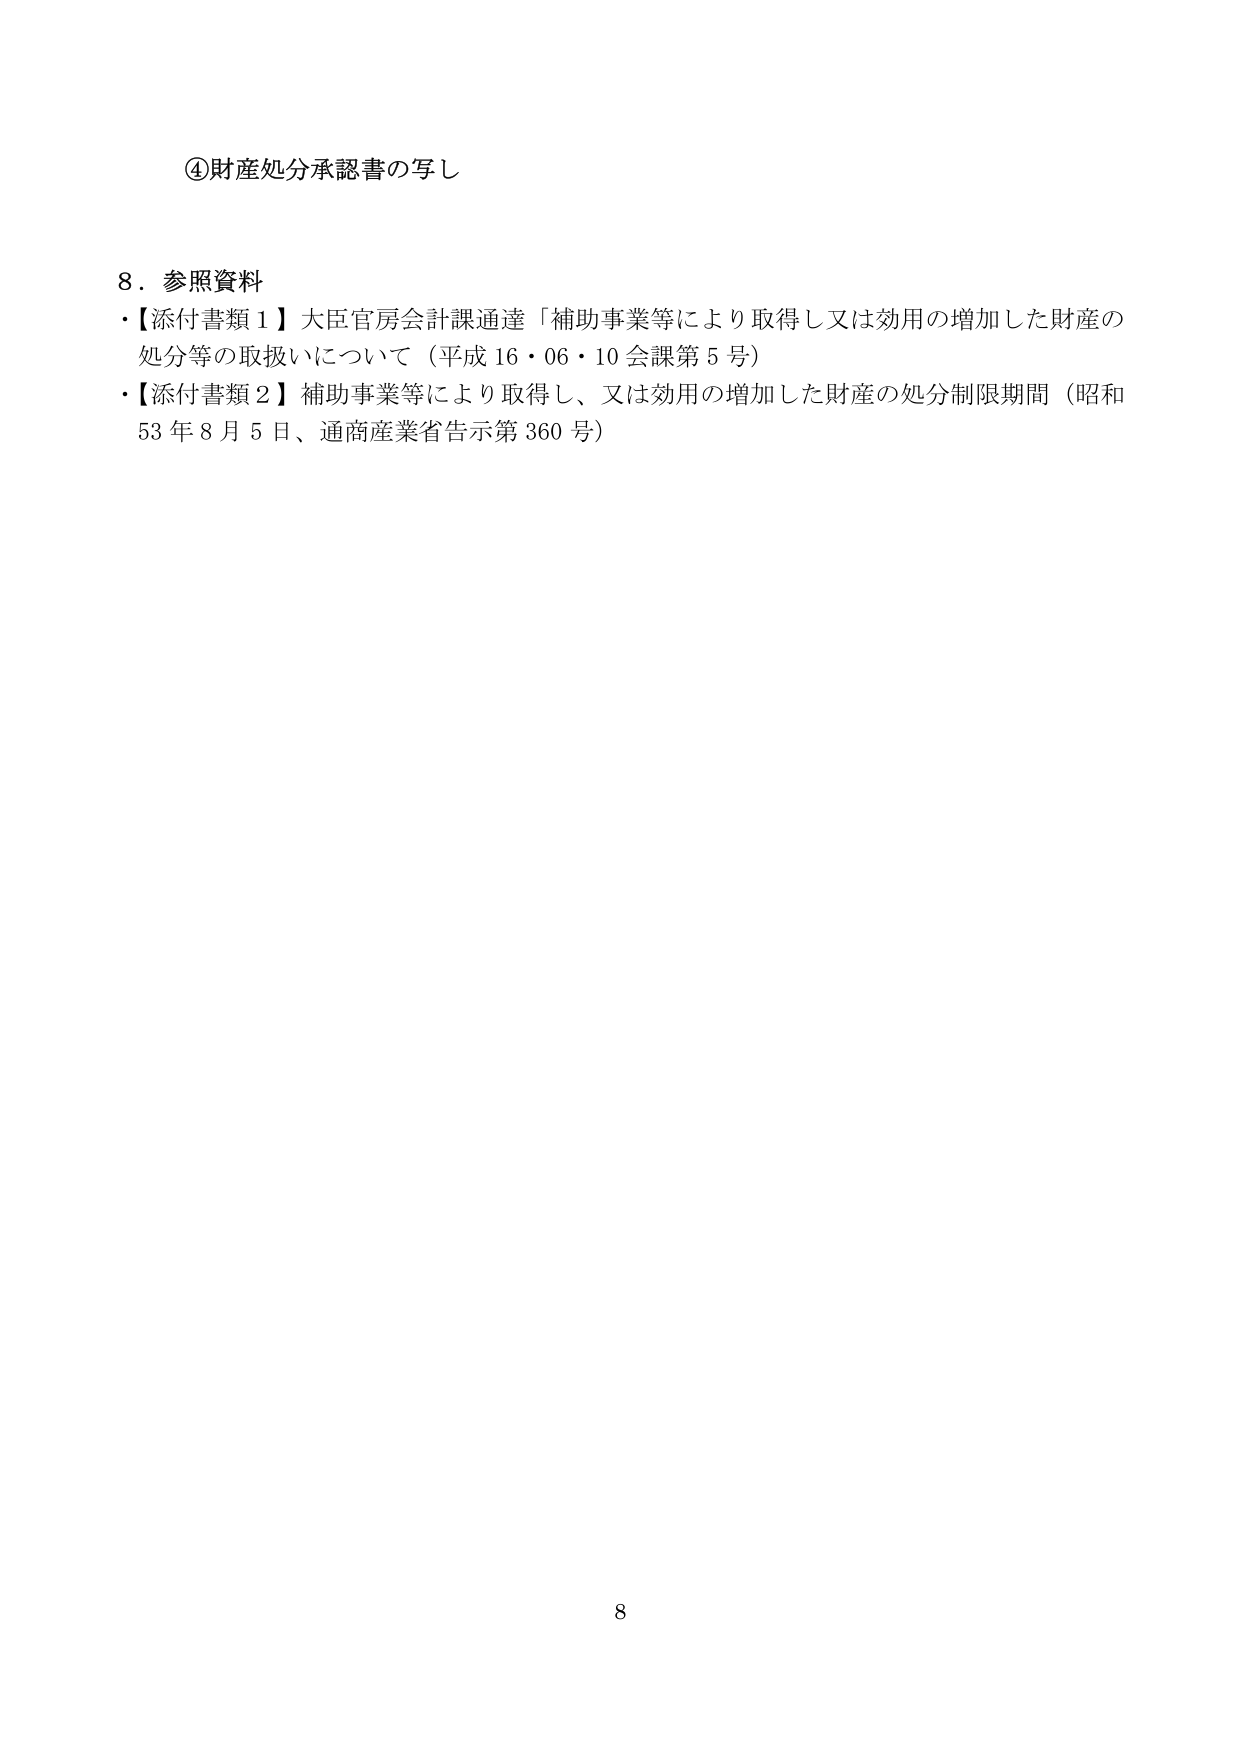
④財産処分承認書の写し

8．参照資料
・【添付書類1】大臣官房会計課通達「補助事業等により取得し又は効用の増加した財産の処分等の取扱いについて（平成16・06・10会課第5号）
・【添付書類2】補助事業等により取得し、又は効用の増加した財産の処分制限期間（昭和53年8月5日、通商産業省告示第360号）

8